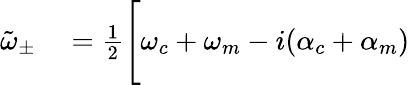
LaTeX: \begin{array}{rl}{\tilde{\omega}_{\pm}}&{{}=\frac{1}{2}\Bigg[\omega_{c}+\omega_{m}-i(\alpha_{c}+\alpha_{m})}\end{array}